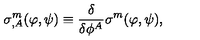
\sigma _ { , A } ^ { m } ( \varphi , \psi ) \equiv \frac { \delta } { \delta \phi ^ { A } } \sigma ^ { m } ( \varphi , \psi ) ,